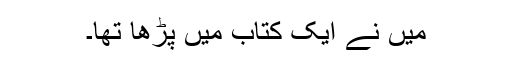
میں نے ایک کتاب میں پڑھا تھا۔